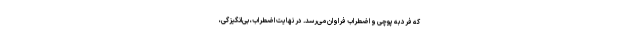
که فرد به پوچی و اضطراب فراوان می‌رسد. در نهایت اضطراب، بی‌انگیزگی،